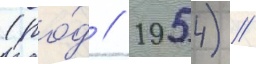
(ро́д // 1954) /